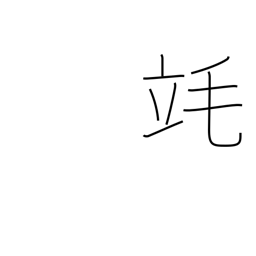
Meaning: millilitre